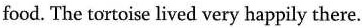
food. The tortoise lived very happily there.